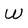
Character: W